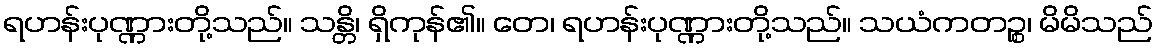
ရဟန်းပုဏ္ဏားတို့သည်။ သန္တိ၊ ရှိကုန်၏။ တေ၊ ရဟန်းပုဏ္ဏားတို့သည်။ သယံကတဉ္စ၊ မိမိသည်